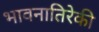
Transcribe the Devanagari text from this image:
भावनातिरेकी